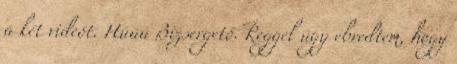
a két videót. Húúú Bizsergető. Reggel úgy ébredtem, hogy